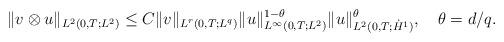
LaTeX: \begin{align*} \|v \otimes u\|_{L^2(0,T;L^2)} \leq C \|v\|_{L^r(0,T;L^q)} \|u\|^{1-\theta}_{L^{\infty}(0,T;L^2)} \|u\|^{\theta}_{L^{2}(0,T;\dot H^1)},\ \ \ \theta = d/q. \end{align*}